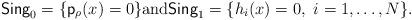
LaTeX: \begin{align*}\mathsf{Sing}_0 =\{ \mathsf{p}_\rho (x) =0\} \mbox{and} \mathsf{Sing}_1 =\{ h_i (x) =0, \ i=1,\dots, N\}.\end{align*}